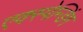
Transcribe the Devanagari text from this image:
एक्स्पेन्डिंग